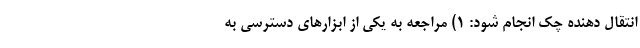
انتقال دهنده چک انجام شود: ۱) مراجعه به یکی از ابزارهای دسترسی به